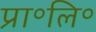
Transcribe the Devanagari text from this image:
प्रा॰लि॰